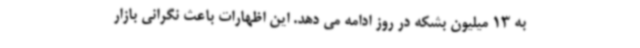
به 13 میلیون بشکه در روز ادامه می دهد. این اظهارات باعث نگرانی بازار